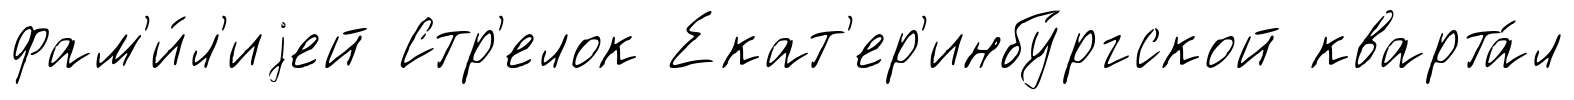
фам'и́л'иjей Стр'елок Екат'ер'инбу́ргской кварта́л